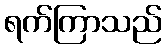
ရက်ကြာသည်